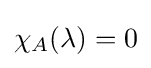
\chi _{A}(\lambda )=0